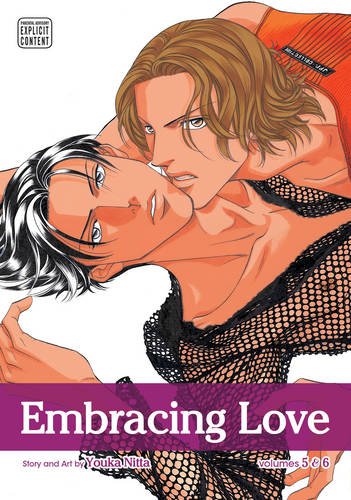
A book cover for Embracing Love, Vol. 3 (Embracing Love (2-in-1)); Youka Nitta; Comics & Graphic Novels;